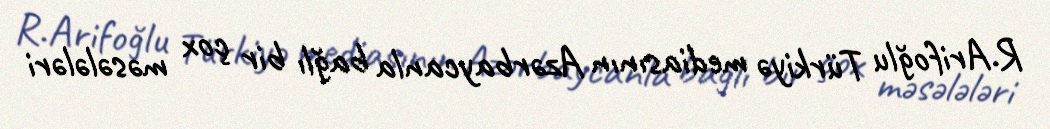
R.Arifoğlu Türkiyə mediasının Azərbaycanla bağlı bir çox məsələləri